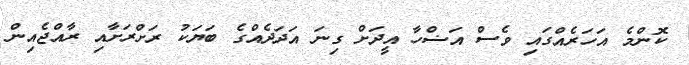
ކޮންމެ އަހަރެއްގައި ވެސް އަޟްހާ އީދަށް ގިނަ އަދަދެއްގެ ބަޔަކު ރަށްރަށާއި ރާއްޖެއިން